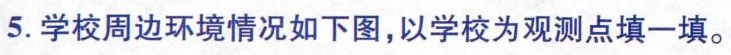
5.学校周边环境情况如下图，以学校为观测点填一填。